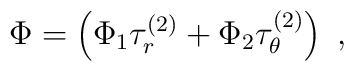
\Phi= \left(\Phi_1 \tau_r^{(2)}+\Phi_2 \tau_\theta^{(2)}\right)\ ,